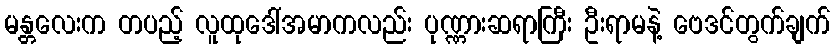
မန္တလေးက တပည့် လူထုဒေါ်အမာကလည်း ပုဏ္ဏားဆရာကြီး ဦးရာမနဲ့ ဗေဒင်တွက်ချက်